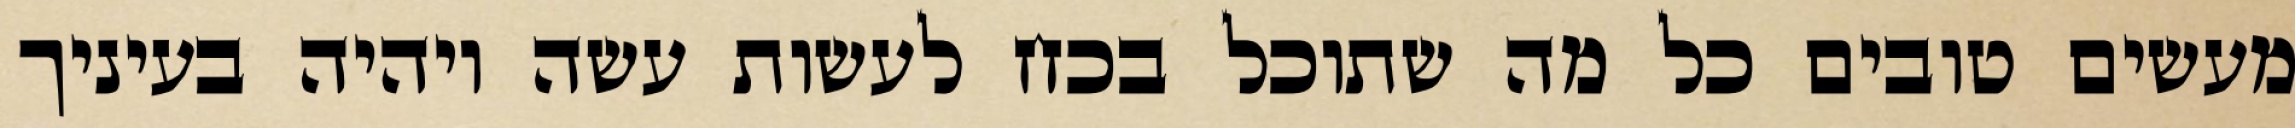
מעשים טובים כל מה שתוכל בכח לעשות עשה ויהיה בעיניך